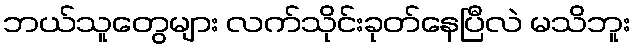
ဘယ်သူတွေများ လက်သိုင်းခုတ်နေပြီလဲ မသိဘူး